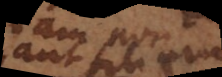
aut filium